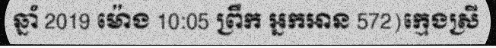
ឆ្នាំ 2019 ម៉ោង 10:05 ព្រឹក អ្នកអាន 572)ក្មេងស្រី